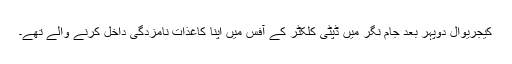
کیجریوال دوپہر بعد جام نگر میں ڈپٹی کلکٹر کے آفس میں اپنا کاغذات نامزدگی داخل کرنے والے تھے۔